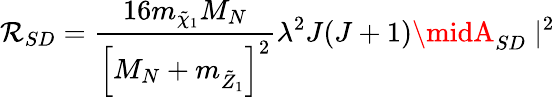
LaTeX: \mathcal{R}_{SD}={\frac{{16m_{\tilde{{\chi}}_{1}}M_{N}}}{{\left[M_{N}+m_{\tilde{{Z}}_{1}}\right]^{2}}}}\lambda^{2}J(J+1)\midA_{SD}\mid^{2}